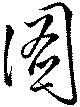
圖